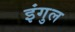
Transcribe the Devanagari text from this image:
इंगुल